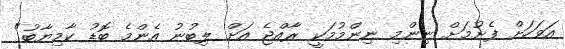
އަވަހަށް ފެށުމަށް ނިންމި ނިންމުމަކީ ރާއްޖެ އަށް ލިބުނު އެންމެ ބޮޑު ކާމިޔާބު"